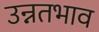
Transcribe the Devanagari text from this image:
उन्नतभाव